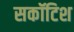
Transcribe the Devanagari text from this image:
सकॉटिश